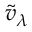
{ \tilde { v } } _ { \lambda }